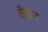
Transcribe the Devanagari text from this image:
वैदान